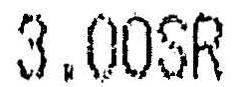
3.00SR